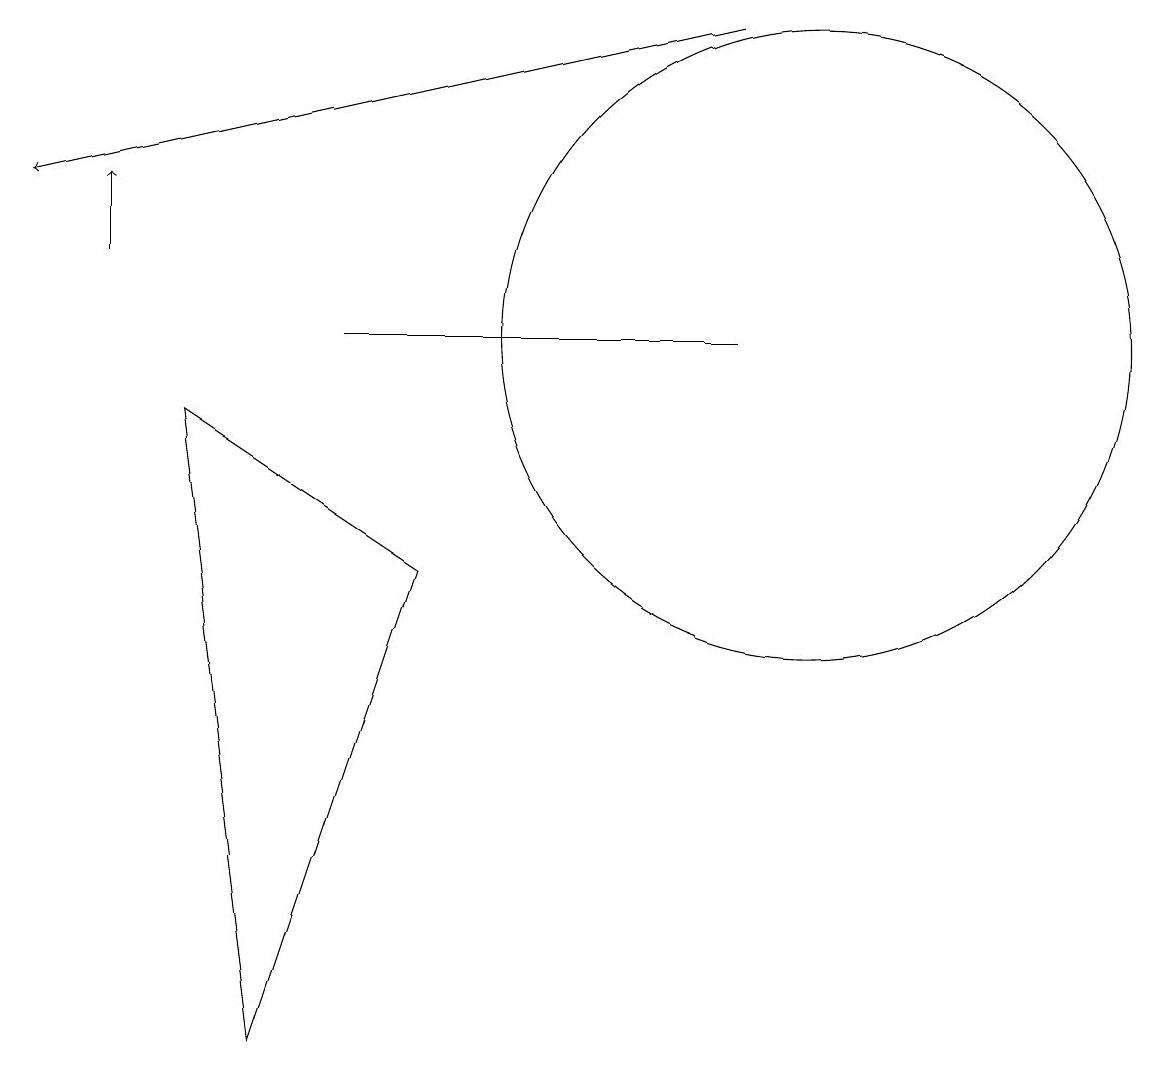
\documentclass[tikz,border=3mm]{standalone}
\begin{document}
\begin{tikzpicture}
\draw[->] (1,11) -- (1,12);
\draw (3,1) -- (5,7) -- (2,9) -- cycle;
\draw[->] (9,14) -- (0,12);
\draw (9,10) rectangle (4,10);
\draw (10,10) circle (4);
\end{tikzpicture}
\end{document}